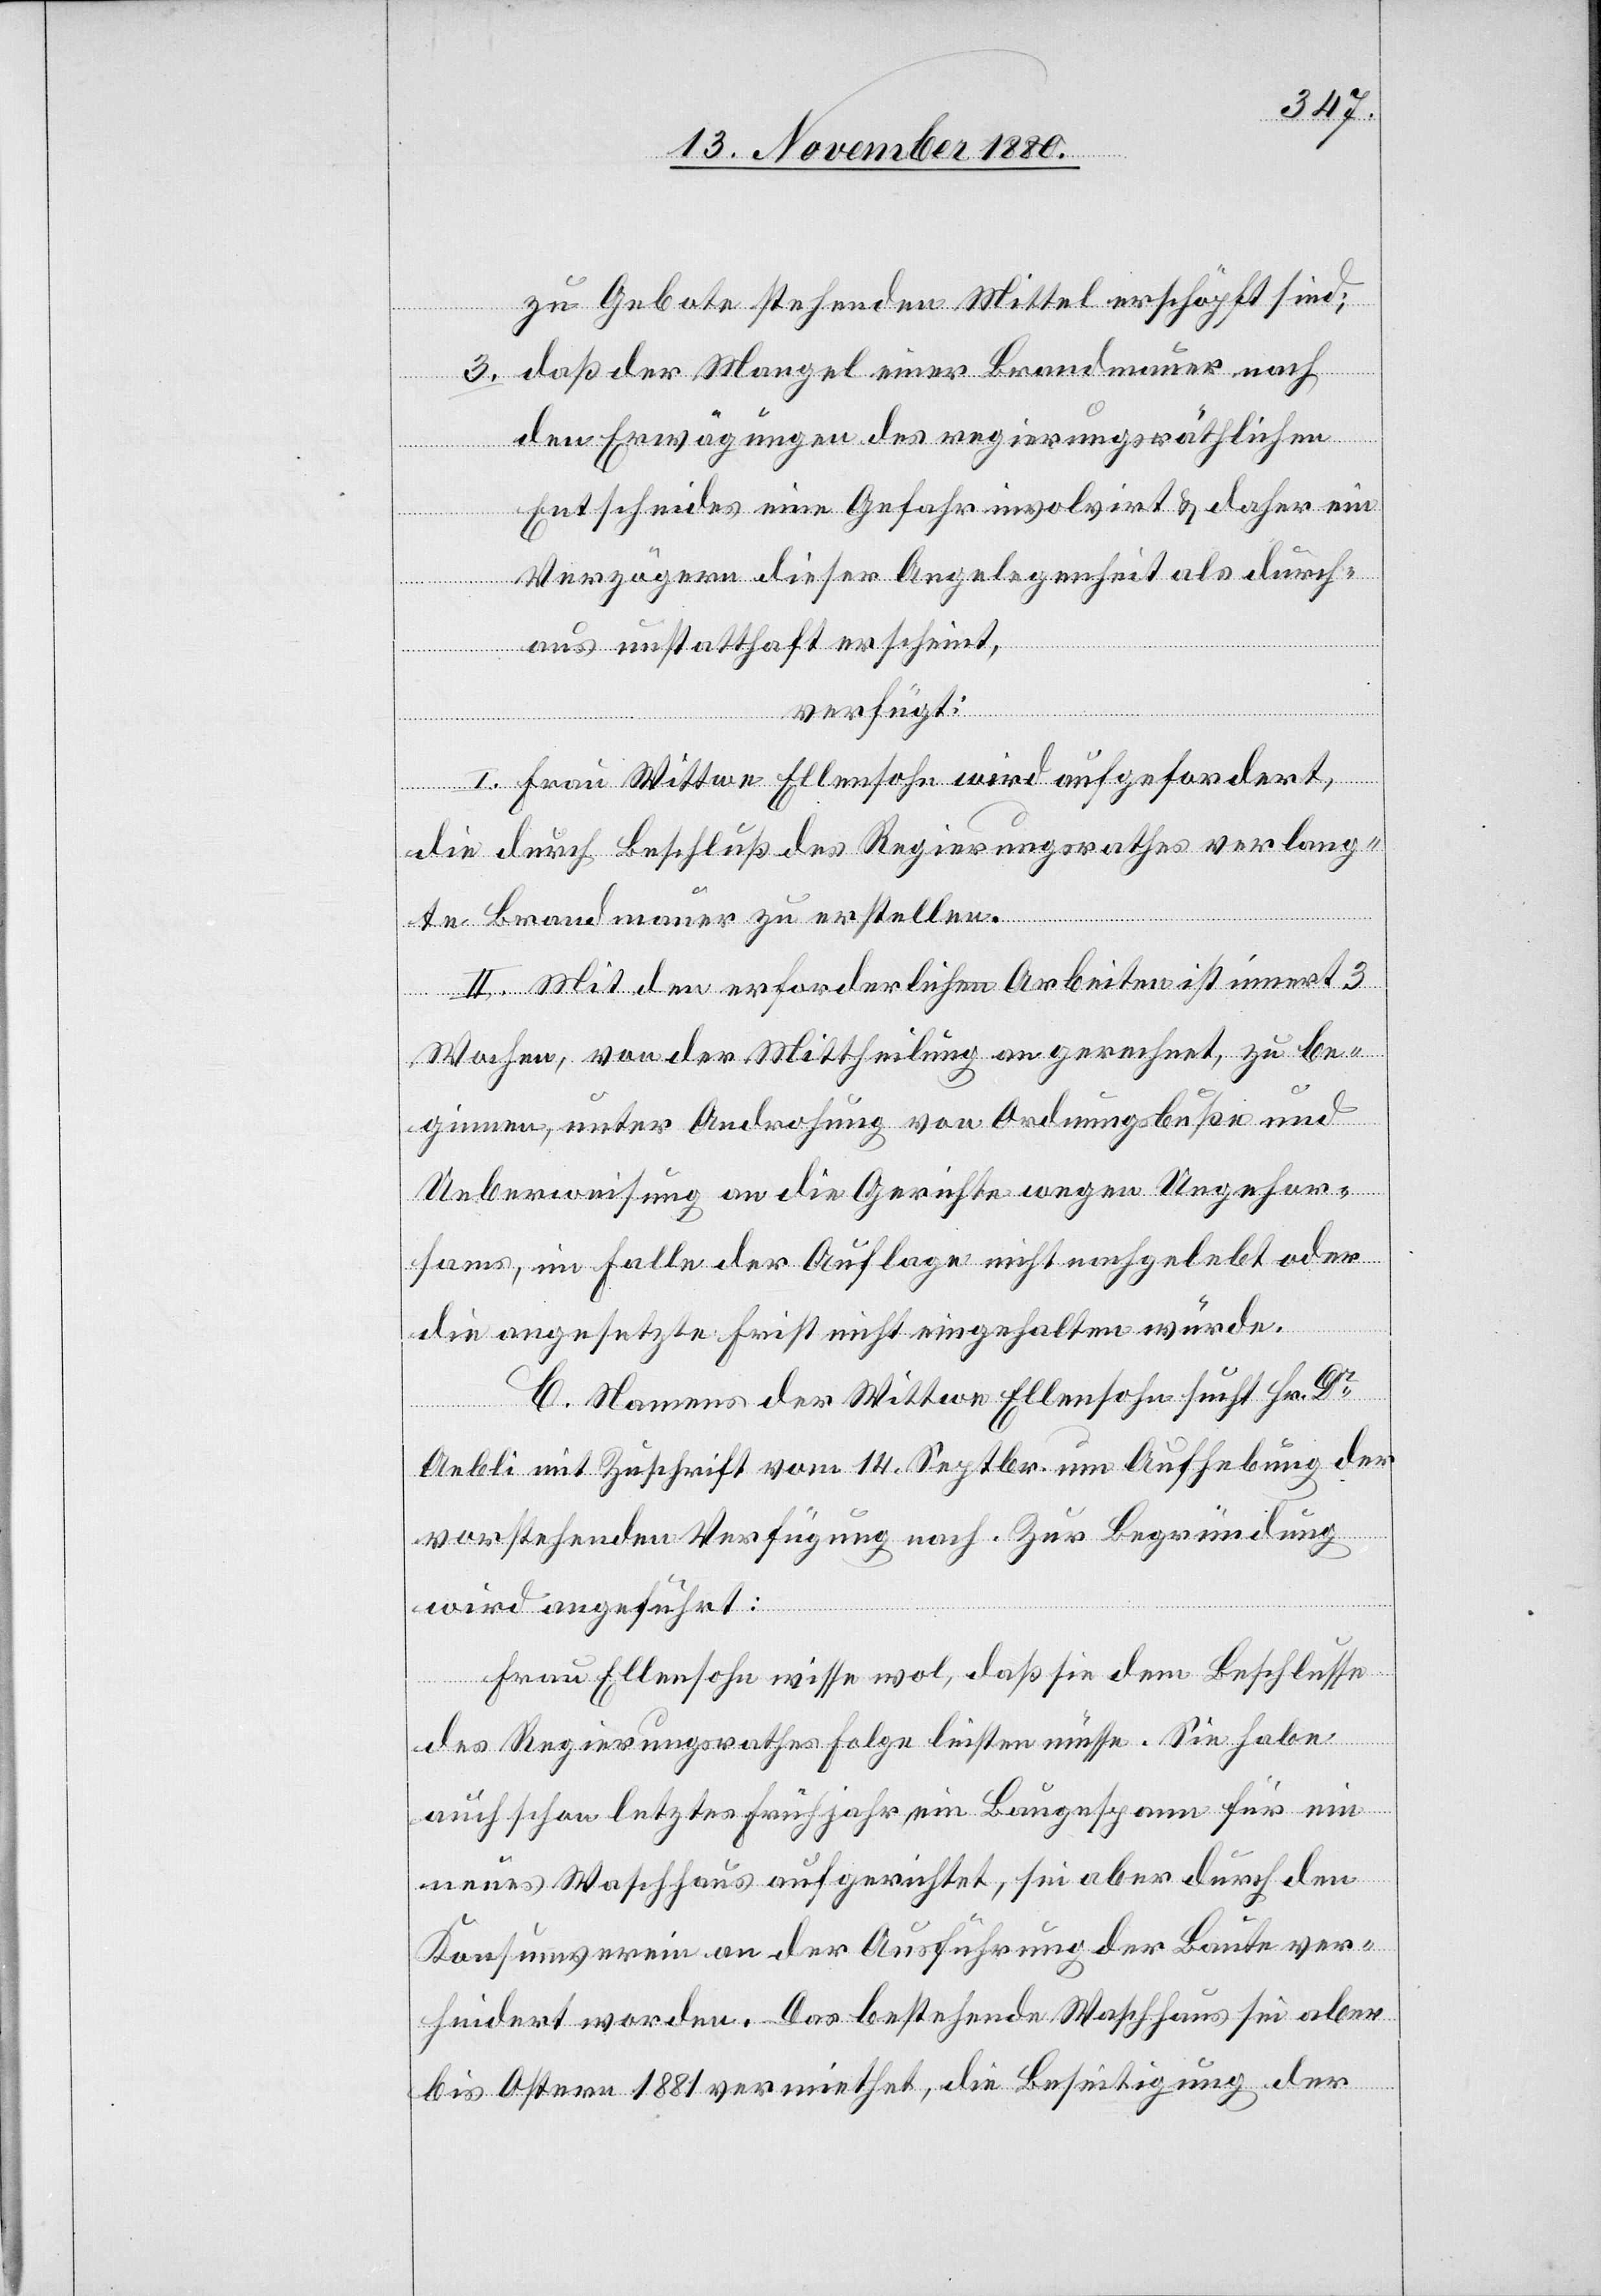
zu Gebote stehenden Mittel erschöpft sind;
3. daß der Mangel einer Brandmauer nach
den Erwägungen des regierungsräthlichen
Entscheides eine Gefahr involvirt & daher ein
Verzögern dieser Angelegenheit als durch¬
aus unstatthaft erscheint,
verfügt:
I. Frau Wittwe Ellensohn wird aufgefordert,
die durch Beschluß des Regierungsrathes verlang¬
te Brandmauer zu erstellen.
II. Mit den erforderlichen Arbeiten ist innert 3
Wochen, von der Mittheilung an gerechnet, zu be¬
ginnen, unter Androhung von Ordnungsbußen und
Ueberweisung an die Gerichte wegen Ungehor¬
sams, im Falle [dass] der Auflage nicht nachgelebt oder
die angesetzte Frist nicht eingehalten würde.
C. Namens der Wittwe Ellensohn sucht Hr. Dr
Aebli mit Zuschrift vom 14. Septbr. um Aufhebung der
vorstehenden Verfügung nach. Zur Begründung
wird angeführt:
Frau Ellensohn wisse wol, daß sie dem Beschlusse
des Regierungsrathes Folge leisten müsse. Sie habe
auch schon letztes Frühjahr ein Baugespann für ein
neues Waschhaus aufgerichtet, sei aber durch den
Konsumverein an der Ausführung der Baute ver¬
hindert worden. Das bestehende Waschhaus sei aber
bis Ostern 1881 vermiethet, die Beseitigung der